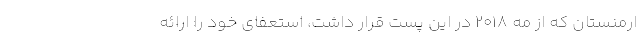
ارمنستان که از مه ۲۰۱۸ در این پست قرار داشت، استعفای خود را ارائه